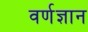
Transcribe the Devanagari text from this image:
वर्णज्ञान